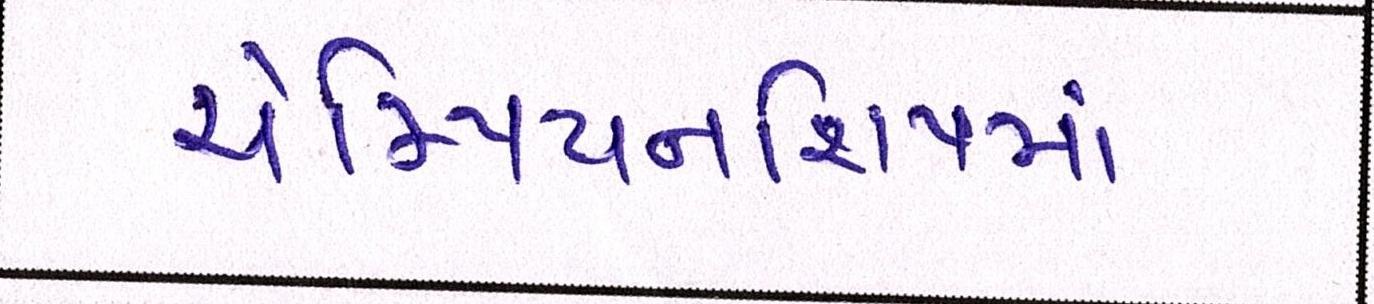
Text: ચેમ્પિયનશિપમાં